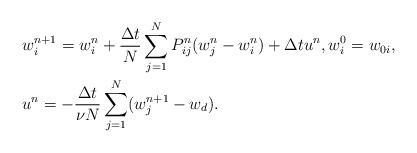
\begin{align*}& w^{n+1}_i=w^n_i+\frac{\Delta t}{N}\sum_{j=1}^{N}P^n_{ij}(w^n_j-w^n_i)+\Delta t u^n,w^0_i= w_{0i},\\& u^n = -\frac{\Delta t}{\nu N} \sum_{j=1}^N(w_j^{n+1}-w_d).\end{align*}